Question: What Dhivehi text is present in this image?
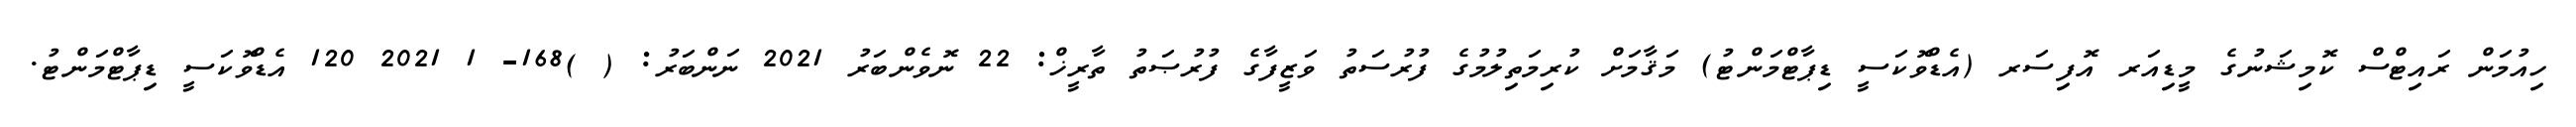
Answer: ހިއުމަން ރައިޓްސް ކޮމިޝަނުގެ މީޑިއަރ އޮފިސަރ (އެޑްވޮކަސީ ޑިޕާޓްމަންޓު) މަޤާމަށް ކުރިމަތިލުމުގެ ފުރުސަތު ވަޒީފާގެ ފުރުޞަތު ތާރީޚް: 22 ނޮވެންބަރު 2021 ނަންބަރު: ( )168- 1 2021 120 އެޑްވޮކަސީ ޑިޕާޓްމަންޓު.